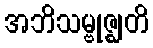
အဘိသမ္ဗုဇ္ဈတိ